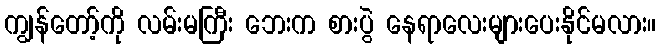
ကျွန်တော့်ကို လမ်းမကြီး ဘေးက စားပွဲ နေရာလေးများပေးနိုင်မလား။